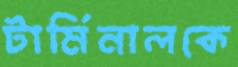
টার্মিনালকে